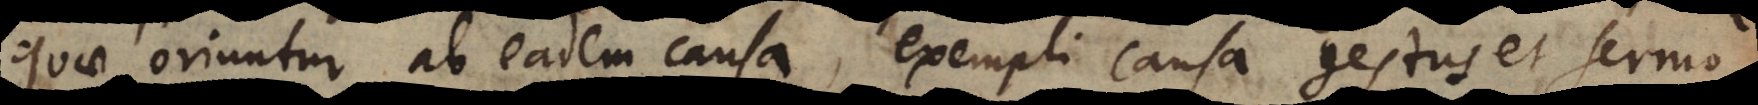
quae oriuntur ab eadem causa, exempli causa gestus et sermo